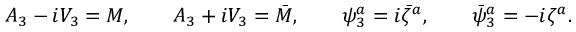
A _ { 3 } - i V _ { 3 } = M , \qquad A _ { 3 } + i V _ { 3 } = \bar { M } , \qquad \psi _ { 3 } ^ { a } = i \bar { \zeta } ^ { a } , \qquad \bar { \psi } _ { 3 } ^ { a } = - i \zeta ^ { a } .